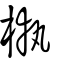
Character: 槸